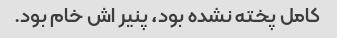
کامل پخته نشده بود، پنیر اش خام بود.